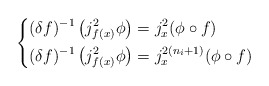
\begin{align*}\left \{\begin{aligned}\mathcal (\delta f)^{-1}\left(j^2_{f(x)}\phi\right) &= j^2_x(\phi \circ f) & \\\mathcal (\delta f)^{-1}\left(j^2_{f(x)}\phi\right) &= j^{2(n_i+1)}_x(\phi \circ f) &\end{aligned}\right.\end{align*}